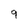
Character: 9